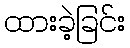
ထားခဲ့ခြင်း